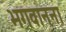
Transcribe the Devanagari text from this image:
भगवानना